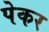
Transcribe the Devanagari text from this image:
पेकर